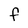
Character: F